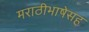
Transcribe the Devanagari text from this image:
मराठीभाषेसह